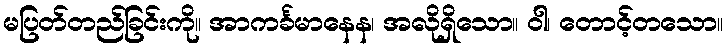
မပြတ်တည်ခြင်းကို။ အာကင်္ခမာနေန၊ အလိုရှိသော။ ဝါ၊ တောင့်တသော။